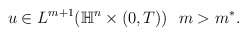
\begin{align*} \begin{aligned} u\in L^{m+1}(\mathbb{H}^n\times(0,T)) ~ ~m>m^*. \end{aligned} \end{align*}